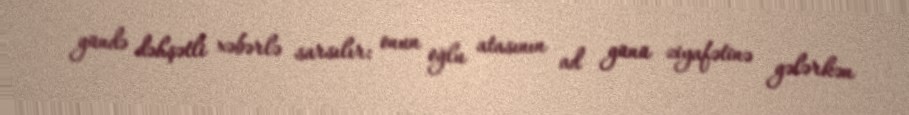
gündə dəhşətli xəbərlə sarsılır: onun oğlu atasının ad günü ziyafətinə gələrkən